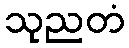
သုညတံ